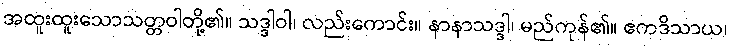
အထူးထူးသောသတ္တဝါတို့၏။ သဒ္ဒါဝါ၊ လည်းကောင်း။ နာနာသဒ္ဒါ၊ မည်ကုန်၏။ ဧကဒိသာယ၊